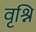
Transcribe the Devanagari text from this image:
वृश्नि